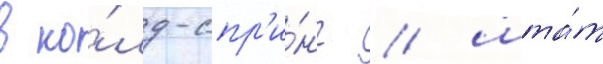
в ко́лд-спр'и́нг / шта́т